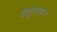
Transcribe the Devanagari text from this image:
वैद्युतासन